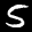
Label: 5